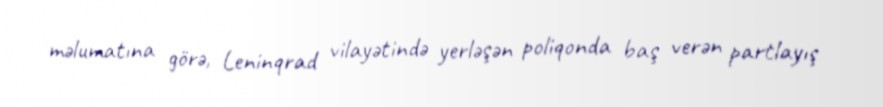
məlumatına görə, Leninqrad vilayətində yerləşən poliqonda baş verən partlayış